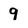
Character: 9